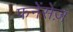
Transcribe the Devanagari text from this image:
फनेंसेज़